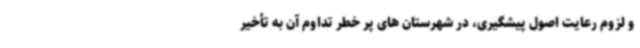
و لزوم رعایت اصول پیشگیری، در شهرستان های پر خطر تداوم آن به تأخیر